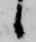
候